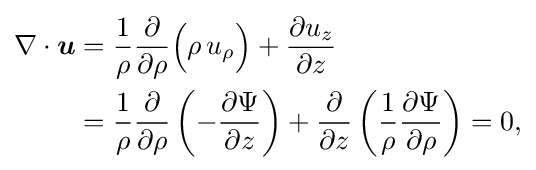
{\begin{aligned}\nabla \cdot {\boldsymbol {u}}&={\frac {1}{\rho }}{\frac {\partial }{\partial \rho }}{\Bigl (}\rho \,u_{\rho }{\Bigr )}+{\frac {\partial u_{z}}{\partial z}}\\&={\frac {1}{\rho }}{\frac {\partial }{\partial \rho }}\left(-{\frac {\partial \Psi }{\partial z}}\right)+{\frac {\partial }{\partial z}}\left({\frac {1}{\rho }}{\frac {\partial \Psi }{\partial \rho }}\right)=0,\end{aligned}}